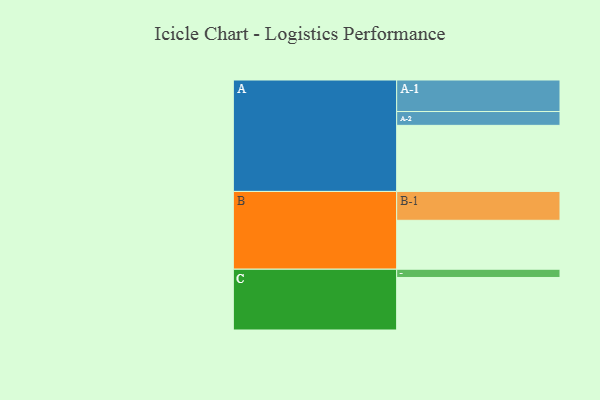
{"axis": {"x": "Segment", "y": "Value"}, "legend": ["", "A", "B", "C"], "data": [{"x": "A", "y": 497, "type": ""}, {"x": "B", "y": 368, "type": ""}, {"x": "C", "y": 395, "type": ""}, {"x": "A-1", "y": 237, "type": "A"}, {"x": "A-2", "y": 104, "type": "A"}, {"x": "B-1", "y": 217, "type": "B"}, {"x": "C-1", "y": 62, "type": "C"}]}